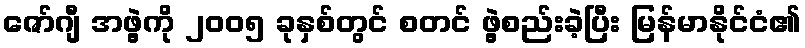
ဇော်ဂျီ အဖွဲ့ကို ၂၀၀၅ ခုနှစ်တွင် စတင် ဖွဲ့စည်းခဲ့ပြီး မြန်မာနိုင်ငံ၏